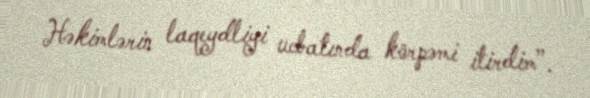
Həkimlərin laqeydliyi ucbatında körpəmi itirdim”.